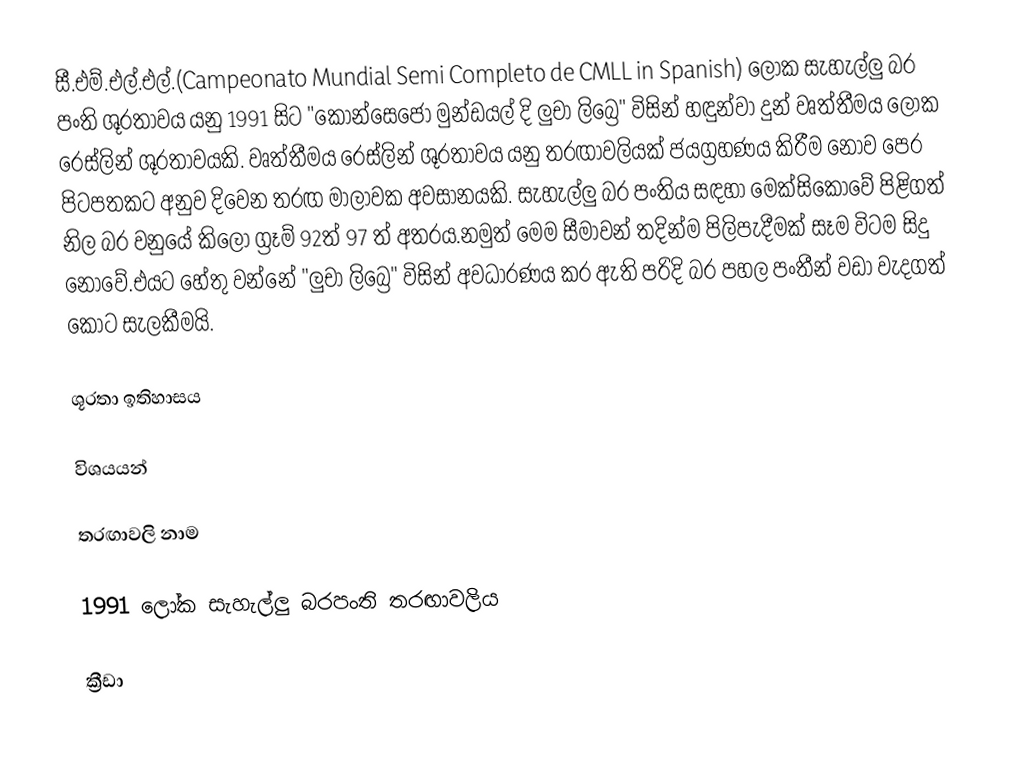
සී.එම්.එල්.එල්.(Campeonato Mundial Semi Completo de CMLL in Spanish) ලෝක සැහැල්ලු බර පංති ශූරතාවය යනු  1991 සිට "කොන්සෙජො මුන්ඩයල් දි ලුචා ලිබ්‍රෙ"  විසින් හඳුන්වා දුන් වෘත්තීමය ලෝක රෙස්ලින් ශූරතාවයකි. වෘත්තීමය රෙස්ලින් ශූරතාවය යනු තරඟාවලියක් ජයග්‍රහණය කිරීම නොව පෙර පිටපතකට අනුව දිවෙන තරඟ මාලාවක අවසානයකි. සැහැල්ලු බර පංතිය සඳහා මෙක්සිකෝවේ පිළිගත් නිල බර වනුයේ කිලෝ ග්‍රෑම් 92ත් 97 ත් අතරය.නමුත් මෙම සීමාවන් තදින්ම පිලිපැදීමක් සෑම විටම සිදු නොවේ.එයට හේතු වන්නේ "ලුචා ලිබ්‍රෙ" විසින් අවධාරණය කර ඇති පරිදි බර පහල පංතීන් වඩා වැදගත් කොට සැලකීමයි.

ශූරතා ඉතිහාසය

විශයයන්

තරඟාවලි නාම

1991 ලෝක සැහැල්ලු බරපංති තරඟාවලිය

ක්‍රීඩා